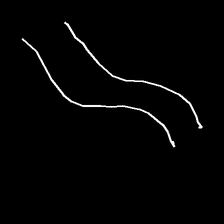
Glyph: float